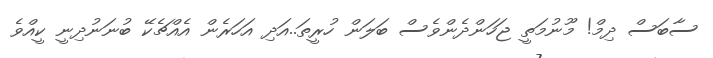
ސާބަސް ދިމް! މޫނުމަތީ ޖަހަންދެންވެސް ބަލަން ހުރީތަ..އަދި އަހަރެން އެއްޗެކޭ ބުނަނުދިނީ ކީއްވެ